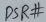
Text: DSR#